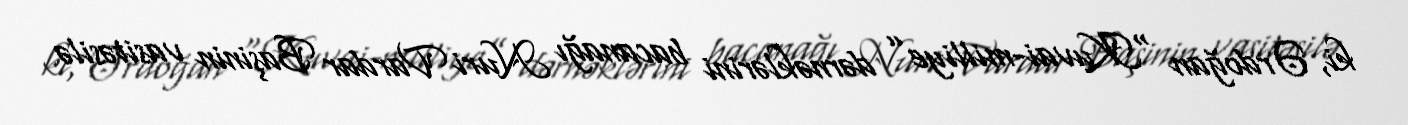
ki, Ərdoğan “Kuvai-milliye” dərnəklərini bacanağı Nuri Vardar Başinin vasitəsilə